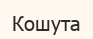
Кошута